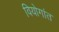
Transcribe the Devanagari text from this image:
वियोगांत